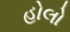
હોલો